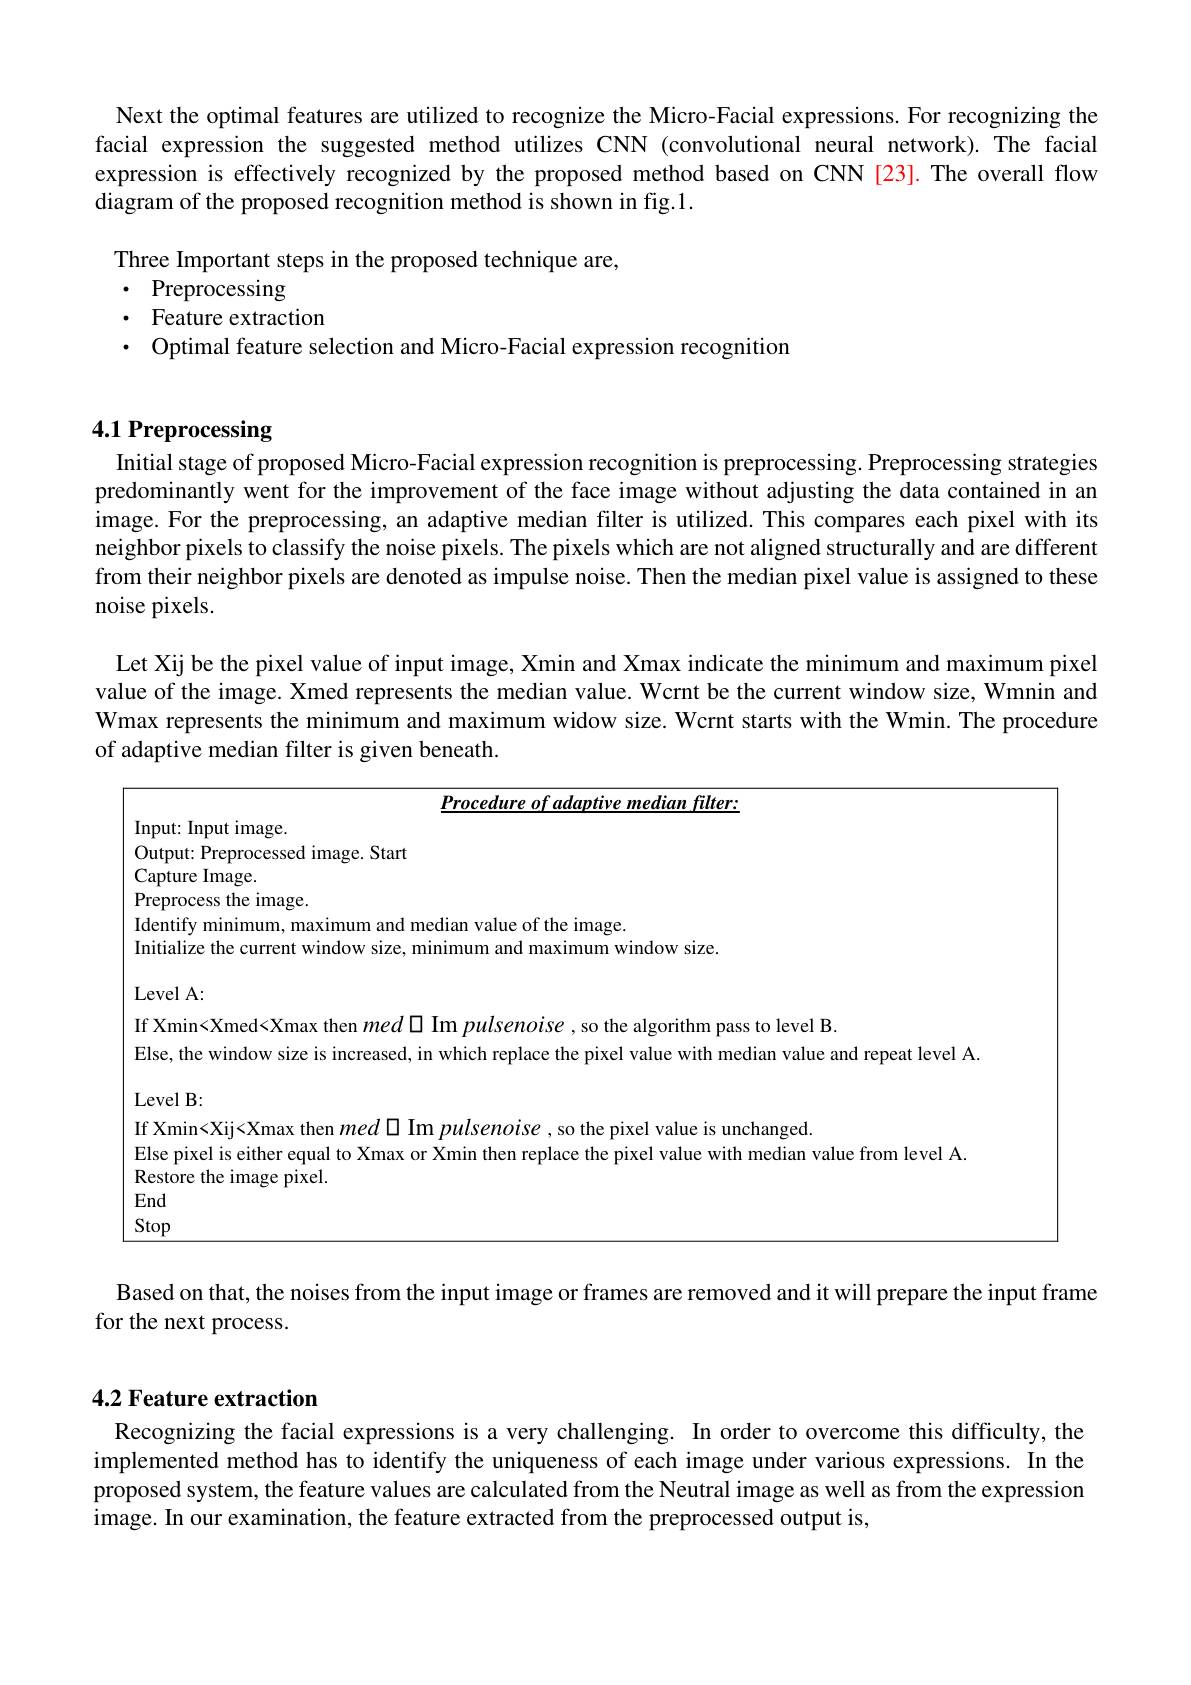
Next the optimal features are utilized to recognize the Micro-Facial expressions. For recognizing the facial expression the suggested method utilizes CNN (convolutional neural network). The facial expression is effectively recognized by the proposed method based on CNN [23].The overall flow diagram of the proposed recognition method is shown in fig.1.

Three Important steps in the proposed technique are, $\bullet$ Preprocessing $\bullet$ Feature extraction Ontimol fontion oolontion ond Miorn Enoil ovnr

· Optimal feature selection and Micro-Facial expression recognition

# 4.1 Preprocessing

Initial stage of proposed Micro-Facial expression recognition is preprocessing. Preprocessing strategies predominantly went for the improvement of the face image without adjusting the data contained in an image. For the preprocessing, an adaptive median filter is utilized. This compares each pixel with its neighbor pixels to classify the noise pixels. The pixels which are not aligned structurally and are different from their neighbor pixels are denoted as impulse noise. Then the median pixel value is assigned to these noise pixels.

Let Xij be the pixel value of input image, Xmin and Xmax indicate the minimum and maximum pixel value of the image. Xmed represents the median value. Wcrnt be the current window size, Wmnin and Wmax represents the minimum and maximum widow size. Wcrnt starts with the Wmin. The procedure of adaptive median filter is given beneath.

Procedure of adaptive median filter:

Input: Input image.

Output: Preprocessed image. Start

Capture Image.

Preprocess the image.

Identify minimum, maximum and median value of the image.

Initialize the current window size, minimum and maximum window size.

Level A:

If Xmin<Xmed<Xmax then $med\square$ Im pulsenoise , so the algorithm pass to level B.
Else, the window size is increased, in which replace the pixel value with median value and repeat level A.

Level B:

If Xmin<Xij<Xmax then $med\square$ Im pulsenoise , so the pixel value is unchanged.
Else pixel is either equal to Xmax or Xmin then replace the pixel value with median value from level A.
Restore the image pixel.
End

$\underline{Stop}$

Based on that, the noises from the input image or frames are removed and it will prepare the input frame
for the next process.

## 4.2 Feature extraction

Recognizing the facial expressions is a very challenging. In order to overcome this difficulty, the implemented method has to identify the uniqueness of each image under various expressions. In the proposed system, the feature values are calculated from the Neutral image as well as from the expression image. In our examination, the feature extracted from the preprocessed output is,